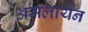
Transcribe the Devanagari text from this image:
अमलायन